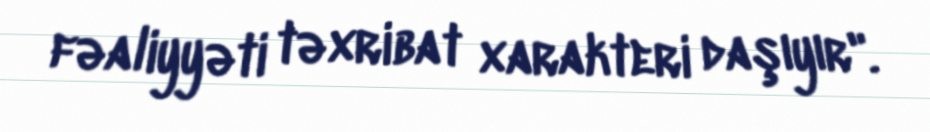
fəaliyyəti təxribat xarakteri daşıyır".